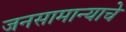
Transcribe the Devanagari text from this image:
जनसामान्याचे